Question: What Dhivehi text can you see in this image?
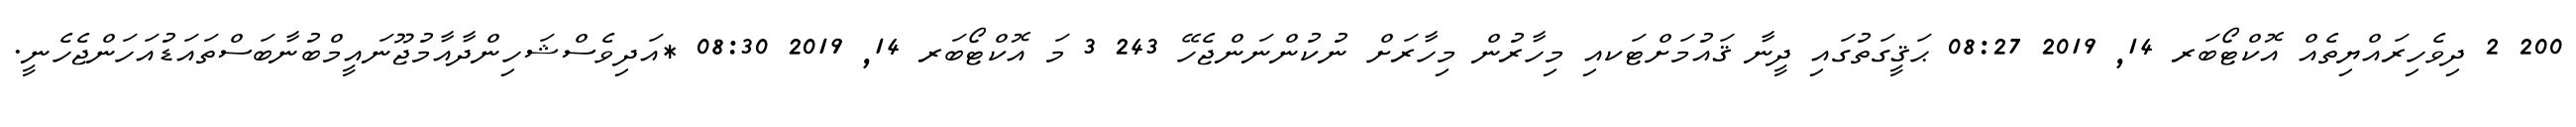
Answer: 200 2 ދިވެހިރައްޔިތެއް އޮކްޓޯބަރ 14, 2019 08:27 ޙަޤީގަތުގައި ދީނާ ޤައުމަށްޓަކއި މިހާރުން މިހާރަށް ނުކުންނަންޖެހޭ 243 3 މަ އޮކްޓޯބަރ 14, 2019 08:30 *އަދިވެސްޝަހިންދާއާމުޖޫނައީމްބުނާބަސްތައަޑުއަހަންޖެހެނީ.